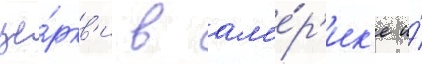
це́ркв'и в ам'е́р'ик'е и́